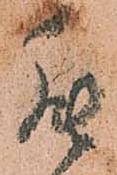
罷